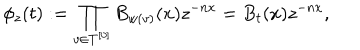
\phi _ { z } ( t ) : = \prod _ { v \in T ^ { [ 0 ] } } B _ { w ( v ) } ( x ) z ^ { - n x } = B _ { t } ( x ) z ^ { - n x } ,